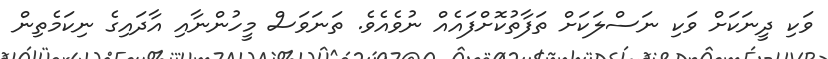
ވަކި ދީނަކަށް ވަކި ނަސްލަކަށް ތަފާތުކޮށްފައެއް ނުވެއެވެ. ތަނަވަސް މީހުންނާއި އާދައިގެ ނިކަމެތިން